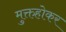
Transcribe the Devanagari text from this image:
मुक्तहोकर